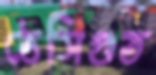
ঠেসিগুত